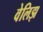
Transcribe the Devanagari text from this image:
वेलिझ